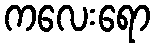
ကလေးရော